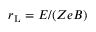
r _ { \mathrm { L } } = E / ( Z e B )